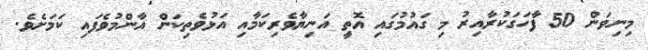
މިނިވަން 50 ފާހަގަކުރާއިރު މި ގައުމުގައި އޮތީ އަނިޔާވެރިކަމާއި އަޅުވެތިކަން އާންމުވެފައި ކަމަށެވެ.